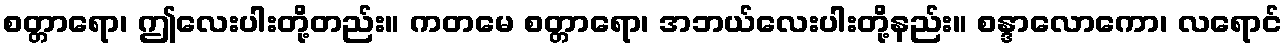
စတ္တာရော၊ ဤလေးပါးတို့တည်း။ ကတမေ စတ္တာရော၊ အဘယ်လေးပါးတို့နည်း။ စန္ဒာလောကော၊ လရောင်